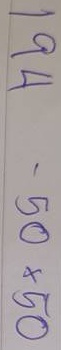
194 = 50x50